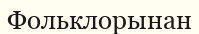
Фольклорынан